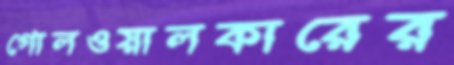
গোলওয়ালকারের